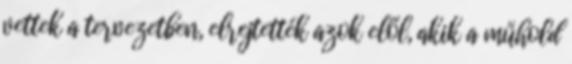
vettek a tervezetben, elrejtették azok elől, akik a műhold